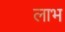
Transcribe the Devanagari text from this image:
लाभ